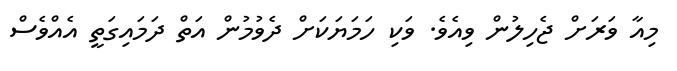
މިއާ ވަރަށް ޖެހިލުން ވިއެވެ. ވަކި ހަމަޔަކަށް ދެވުމުން އަތް ދަމައިގަތީ އެއްވެސް